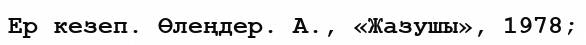
Ер кезеп. Өлеңдер. А., «Жазушы», 1978;